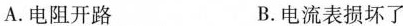
A.电阻开路 B.电流表损坏了